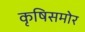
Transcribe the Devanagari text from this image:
कृषिसमोर